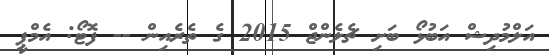
އަލްމުދިޝް އަބުޅޯ ބަށި ޗެލެންޖް 2015 ގެ ތެރެއިން -- ފޮޓޯ: އެމްޕީ